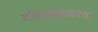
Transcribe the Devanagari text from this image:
गोलाइतकाच